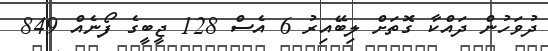
ދުވަހުން ދައްކާ ގޮތަށް ލިބޭއިރު 6 އެސް 128 ޖީބީގެ ފޯނެއް 849